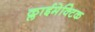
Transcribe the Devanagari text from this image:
क्लाईमेक्टिक